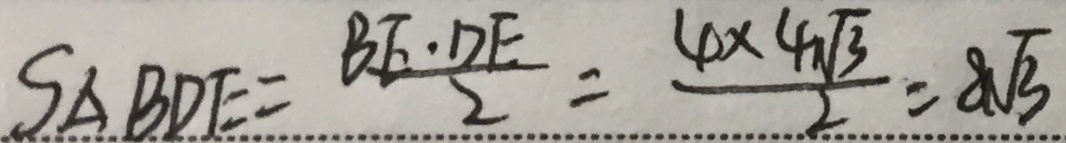
S _ { \Delta B D E } = \frac { B E \cdot D E } { 2 } = \frac { 4 \times 4 \sqrt { 3 } } { 2 } = 8 \sqrt { 3 }